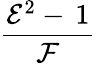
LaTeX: \frac{{\mathcal{E}}^{2}-\, 1}{\mathcal{F}}